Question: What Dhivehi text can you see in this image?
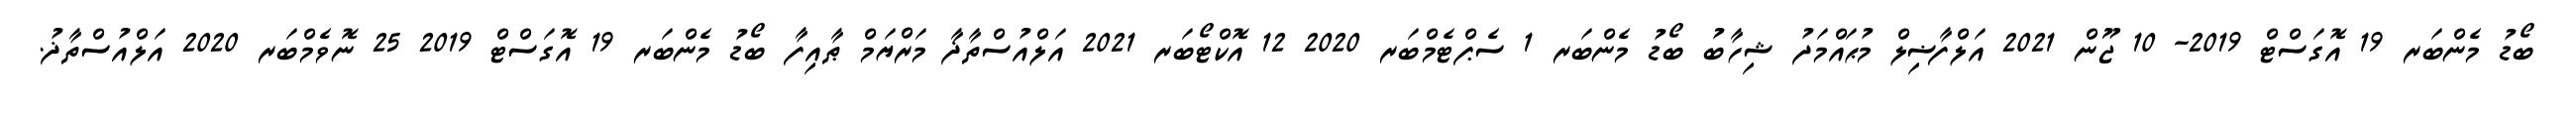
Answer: ބޯޑު މެންބަރ 19 އޮގަސްޓް 2019- 10 ޖޫން 2021 އަލްފާޟިލް މުޙައްމަދު ޝިހާބު ބޯޑު މެންބަރ 1 ސެޕްޓެމްބަރ 2020 12 އޮކްޓޯބަރ 2021 އަލްއުސްތާޛާ މަރްޔަމް ޠާއިފާ ބޯޑު މެންބަރ 19 އޮގަސްޓް 2019 25 ނޮވެމްބަރ 2020 އަލްއުސްތާޛު.